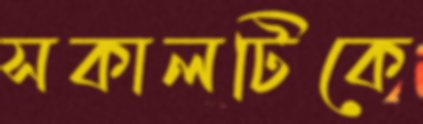
সকালটিকে